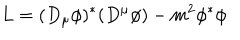
L = ( D _ { \mu } \phi ) ^ { * } ( D ^ { \mu } \phi ) - m ^ { 2 } \phi ^ { * } \phi